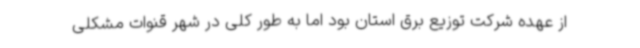
از عهده شرکت توزیع برق استان بود اما به طور کلی در شهر قنوات مشکلی